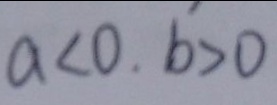
a < 0 , b > 0